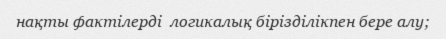
нақты фактілерді  логикалық бірізділікпен бере алу;